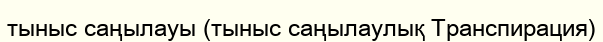
тыныс саңылауы (тыныс саңылаулық Транспирация)